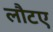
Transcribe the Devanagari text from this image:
लौटए